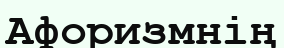
Афоризмнің